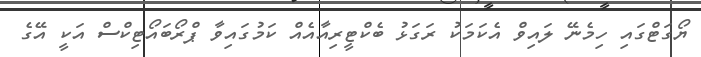
ޔޯގަޓްގައި ހިމެނޭ ލައިވް އެކަމަކު ރަގަޅު ބެކްޓީރިއާއެއް ކަމުގައިވާ ޕްރޯބައޯޓިކްސް އަކީ އޭގެ